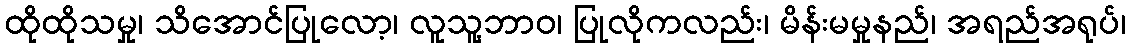
ထိုထိုသမှု၊ သိအောင်ပြုလော့၊ လူသူ့ဘာဝ၊ ပြုလိုကလည်း၊ မိန်းမမှုနည်၊ အရည်အရုပ်၊